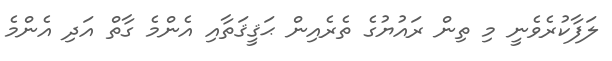
ލަފާކުރެވެނީ މި ތިން ރައުޔުގެ ތެރެއިން ޙަޤީޤަތާއި އެންމެ ގާތް އަދި އެންމެ